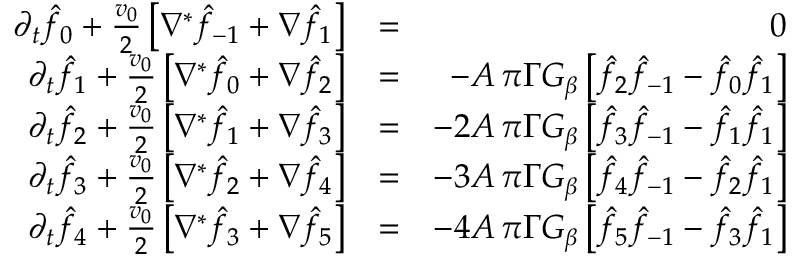
\begin{array} { r l r } { \partial _ { t } \hat { f } _ { 0 } + { \frac { v _ { 0 } } { 2 } } \left[ \nabla ^ { * } \hat { f } _ { - 1 } + \nabla \hat { f } _ { 1 } \right] } & { = } & { 0 } \\ { \partial _ { t } \hat { f } _ { 1 } + { \frac { v _ { 0 } } { 2 } } \left[ \nabla ^ { * } \hat { f } _ { 0 } + \nabla \hat { f } _ { 2 } \right] } & { = } & { - A \, \pi \Gamma G _ { \beta } \left[ \hat { f } _ { 2 } \hat { f } _ { - 1 } - \hat { f } _ { 0 } \hat { f } _ { 1 } \right] } \\ { \partial _ { t } \hat { f } _ { 2 } + { \frac { v _ { 0 } } { 2 } } \left[ \nabla ^ { * } \hat { f } _ { 1 } + \nabla \hat { f } _ { 3 } \right] } & { = } & { - 2 A \, \pi \Gamma G _ { \beta } \left[ \hat { f } _ { 3 } \hat { f } _ { - 1 } - \hat { f } _ { 1 } \hat { f } _ { 1 } \right] } \\ { \partial _ { t } \hat { f } _ { 3 } + { \frac { v _ { 0 } } { 2 } } \left[ \nabla ^ { * } \hat { f } _ { 2 } + \nabla \hat { f } _ { 4 } \right] } & { = } & { - 3 A \, \pi \Gamma G _ { \beta } \left[ \hat { f } _ { 4 } \hat { f } _ { - 1 } - \hat { f } _ { 2 } \hat { f } _ { 1 } \right] } \\ { \partial _ { t } \hat { f } _ { 4 } + { \frac { v _ { 0 } } { 2 } } \left[ \nabla ^ { * } \hat { f } _ { 3 } + \nabla \hat { f } _ { 5 } \right] } & { = } & { - 4 A \, \pi \Gamma G _ { \beta } \left[ \hat { f } _ { 5 } \hat { f } _ { - 1 } - \hat { f } _ { 3 } \hat { f } _ { 1 } \right] } \end{array}